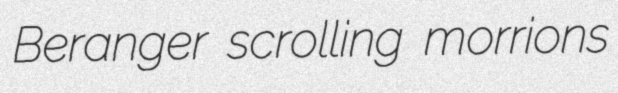
Beranger scrolling morrions